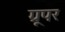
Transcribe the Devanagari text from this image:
ग्रूपर